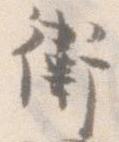
衛